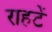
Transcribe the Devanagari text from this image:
राहटें